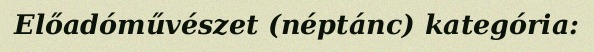
Előadóművészet (néptánc) kategória: